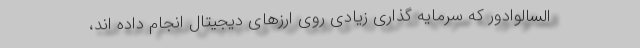
السالوادور که سرمایه گذاری زیادی روی ارزهای دیجیتال انجام داده اند،